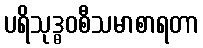
ပရိသုဒ္ဓဝစီသမာစာရတာ